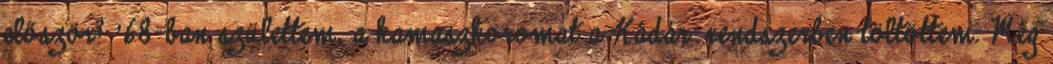
először? '68-ban születtem, a kamaszkoromat a Kádár-rendszerben töltöttem. Még